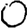
Digit: 0